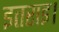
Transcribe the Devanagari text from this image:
इतराइ।